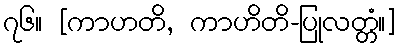
၇၆။ [ကာဟတိ, ကာဟိတိ-ပြုလတ္တံ။]